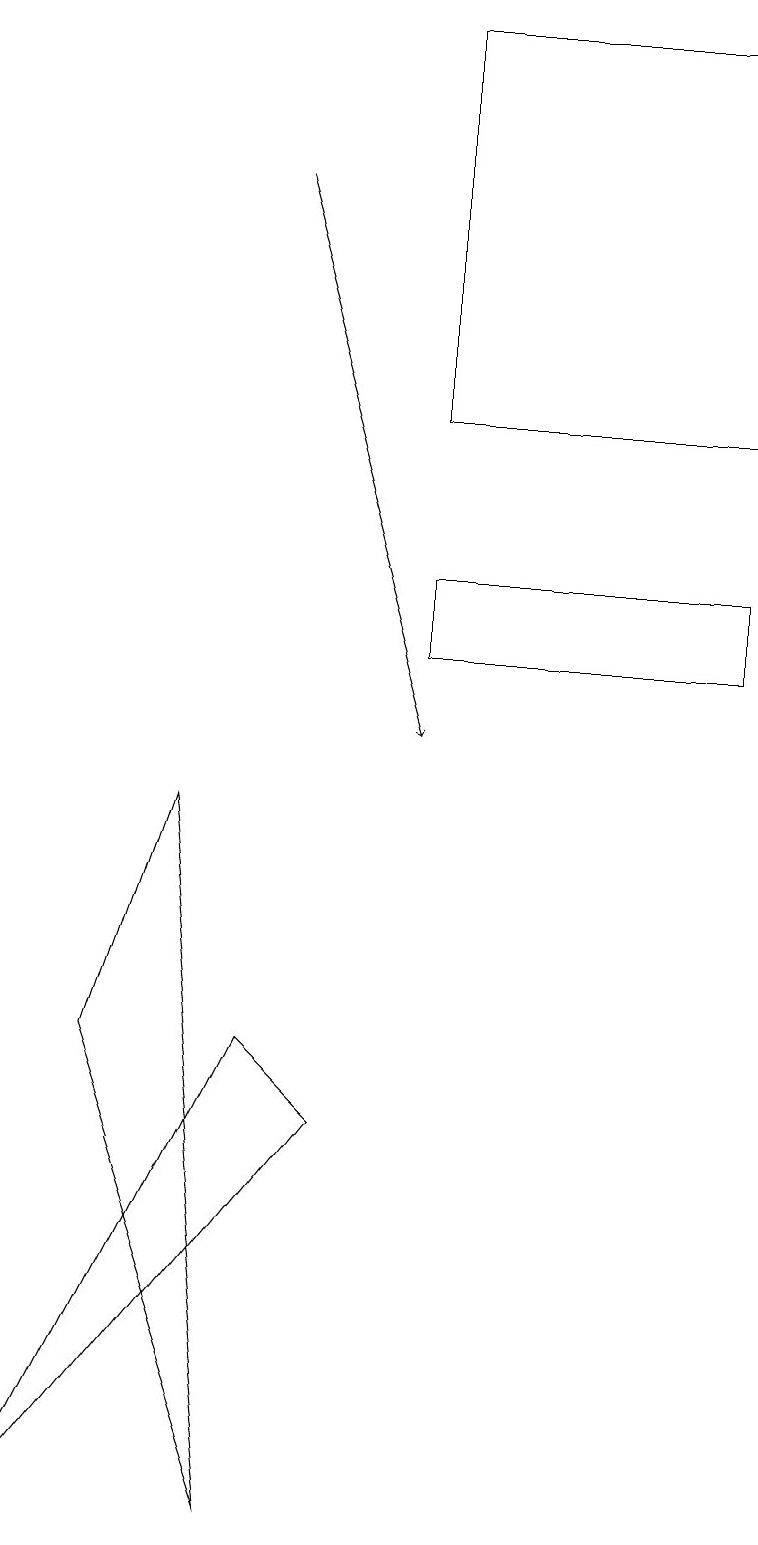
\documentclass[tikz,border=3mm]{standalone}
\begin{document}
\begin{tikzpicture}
\draw (0,0) -- (3,6) -- (4,5) -- cycle;
\draw (5,11) rectangle (9,12);
\draw (1,6) -- (2,9) -- (3,0) -- cycle;
\draw (5,14) rectangle (9,19);
\draw[->] (3,17) -- (5,10);
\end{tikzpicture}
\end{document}